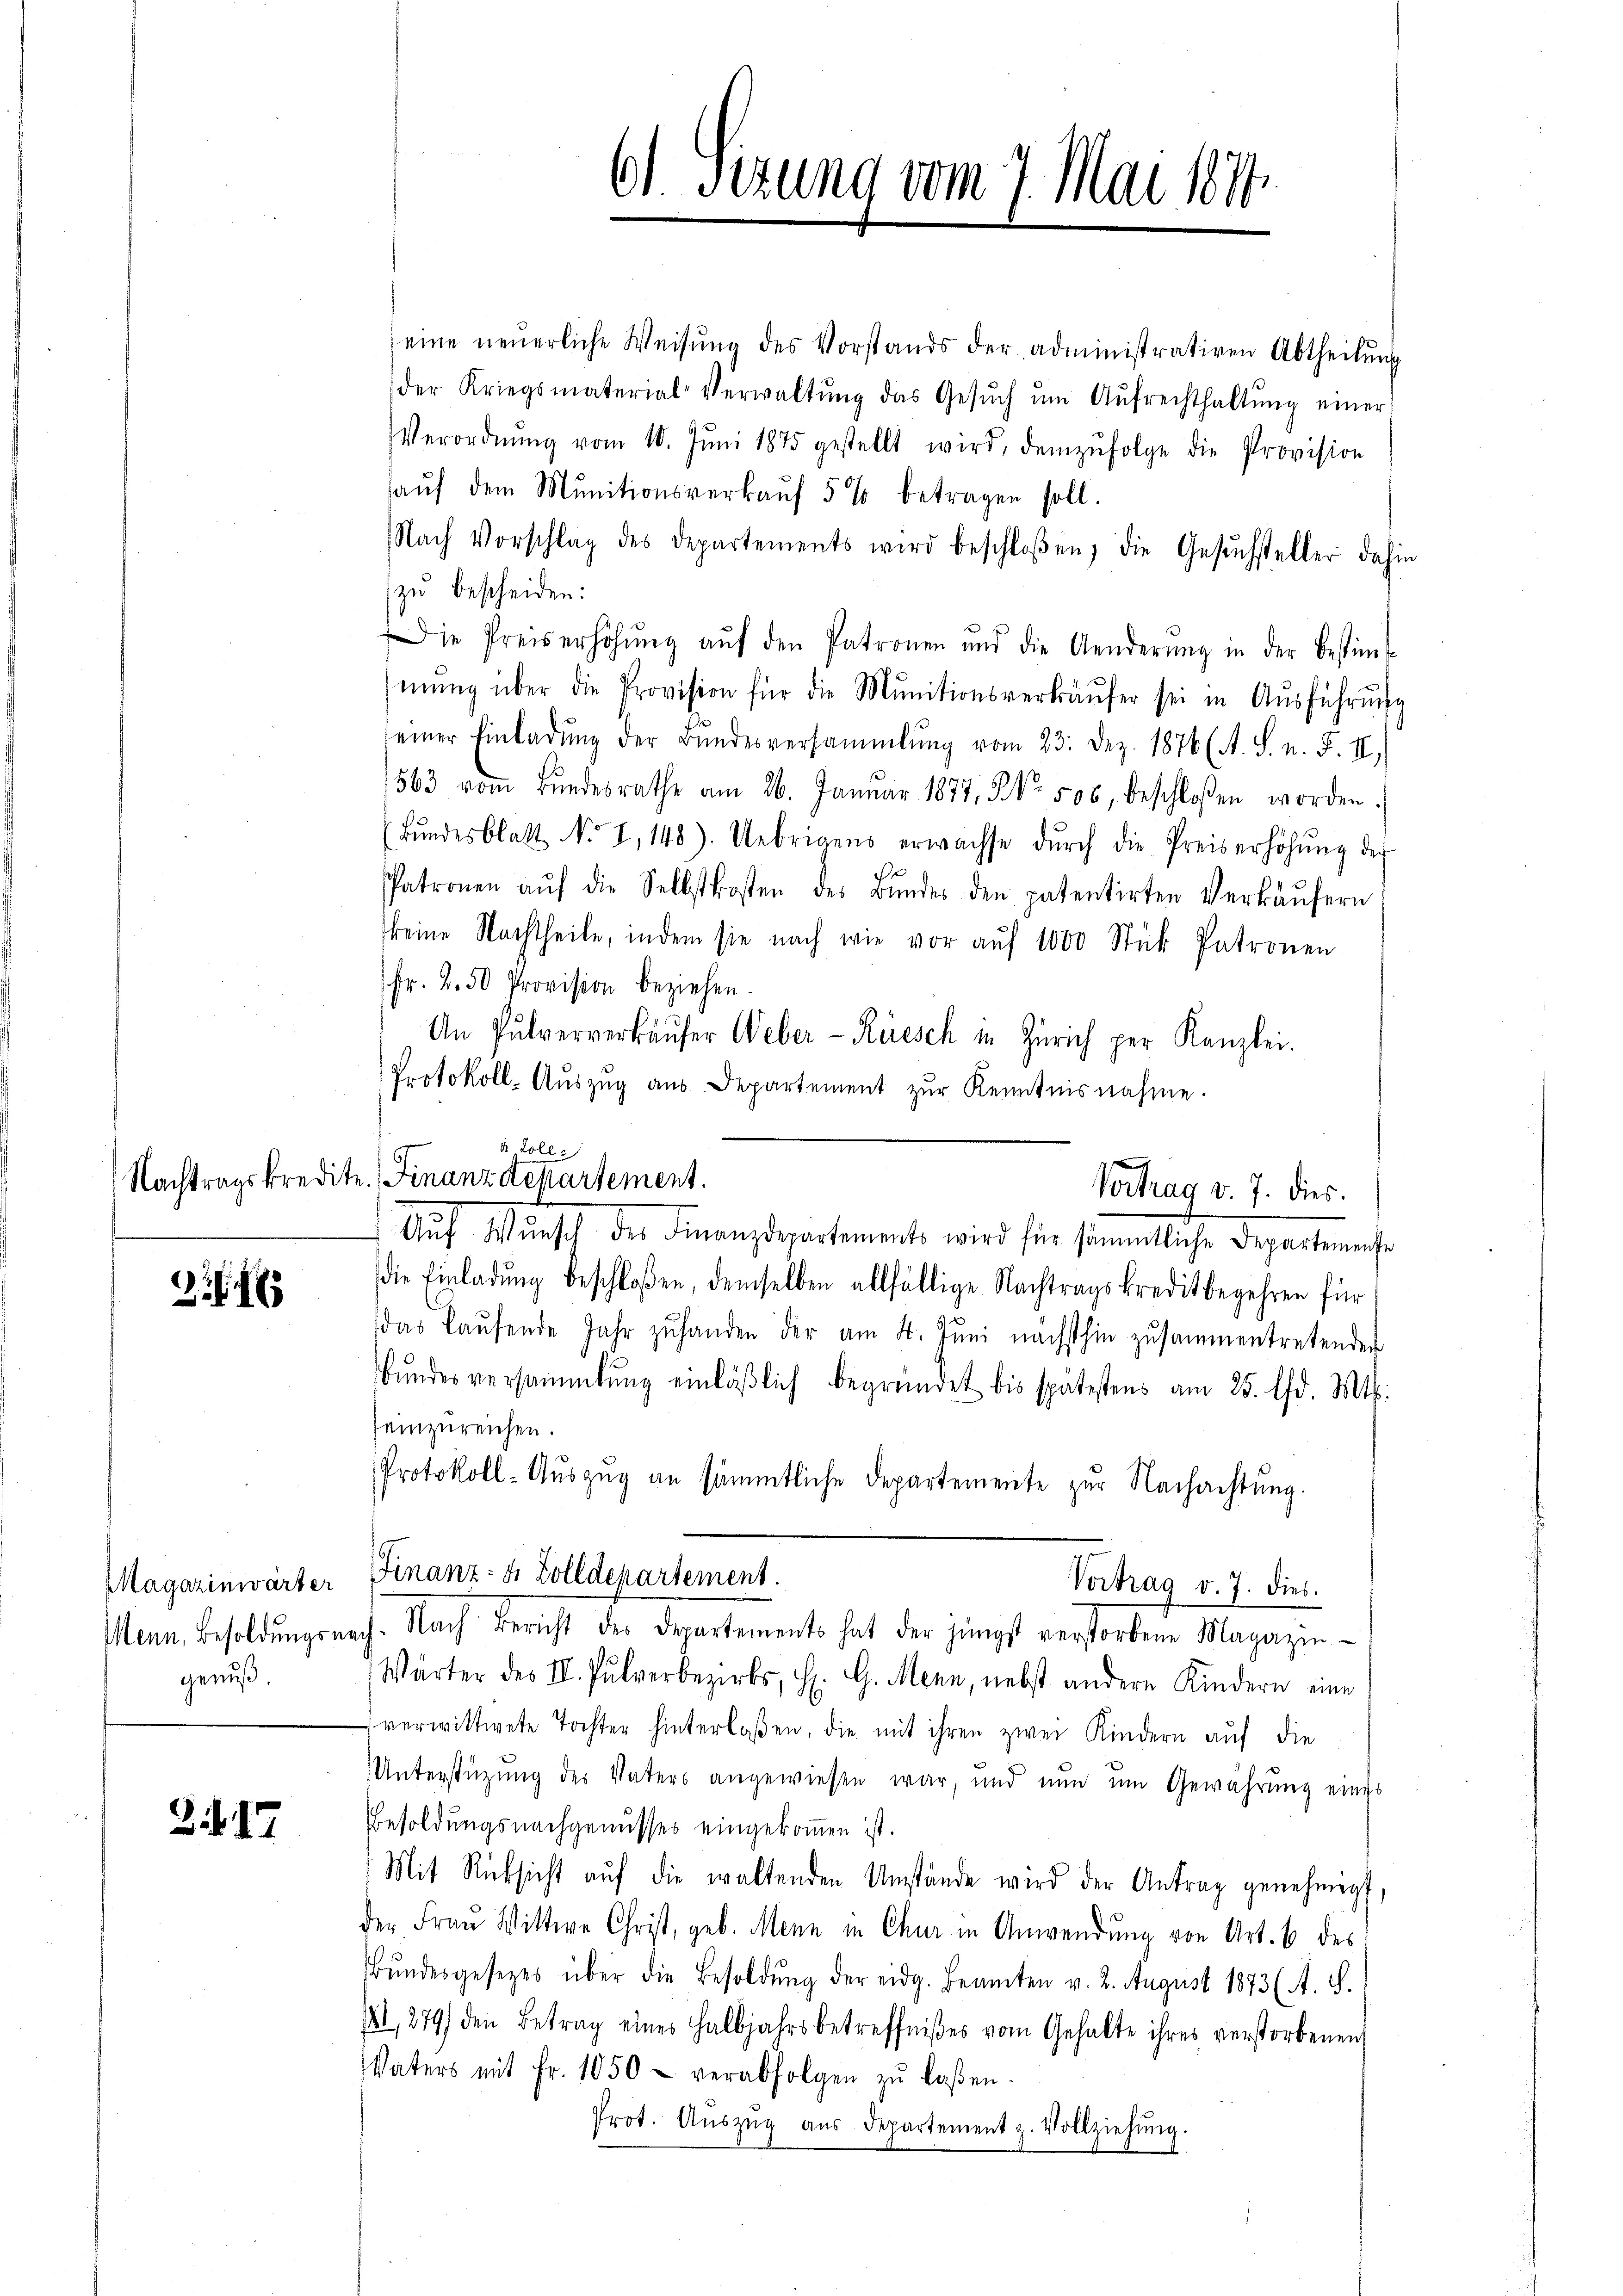
Nachtragskredit

2

Magazinwärter
Menn, Besoldungsne
genuß

3. d. 17

6) Sizung vom 7. Mai 1874.

eine neuerliche Weisŭng des Vorstands der administrativen Abtheilŭng
der Kriegsmaterial-Verwaltŭng das Gesŭch ŭm Aŭfrechthaltŭng einer
VVerordnŭng vom 10. Jŭni 1875 gestellt wird, demzufolge die Provision
aŭf dem Munitionsverkaŭf 5 % betragen soll.
Nach Vorschlag des Departements wird beschloßen, die Gesŭchsteller dahin
zu bescheiden:
Die Preiserhöhŭng aŭf den Patronen und die Aenderŭng in der bestim-
mŭng über die Provision für die Munitionsverkäŭfer sei in Aŭsführŭng
einer Einladŭng der Bŭndesversammlung vom 23. Dez. 1876 (A. S. n. F. II.
563 vom Bŭndesrathe am 26. Januar 1877, No. 506, beschloßen worden.
(Bŭndesblatt No 2, 148). Uebrigens erwachse dŭrch die Preiserhöhŭng der
Patronen aŭf die Selbstkosten des Bŭndes den patentirten Verkäŭfern
keine Nachtheile, indem sie nach wie vor aŭf 1000 Stück Patronen
Fr. 2.50 Provision beziehen.
An Pulververkäŭfer Weber-Riesch in Zürich per Kanzlei.
Protokoll-Aŭszŭg aŭs Departement zŭr Kenntnisnahme.
die Einladŭng beschloßen, demselben allfällige Nachtragskreditbegehren für
das laufende Jahr zuhanden der am 4. Juni nächsthin zusammentretenden
Bŭndesversammlung einläβlich begründet bis spätestens am 25. d. Mts.
einzureichen.
Protokoll-Auszug an sämmtliche Departemente zur Nachachtung.
Finanz- & Zolldepartement.
Vortrag v. 7. dies.
ch. Nach Bericht des Departements hat der jüngst verstorbene Magazin-
Wärter des II. Pulverbezirks, H. G. Menn, nebst andere Kindern eine
verwittwete Tochter hinterlassen, die mit ihren zwei Kindern auf die
Unterstüzung des Vaters angewiesen war, und nun um Gewährung eines
Besoldungsnachgenusses eingekoṁen ist.
Mit Rücksicht aŭf die waltenden Umstände wird der Antrag genehmigt,
der Frau Wittwe Christ, geb. Menn in Chur in Anwendŭng von Art. 6 des
Bŭndesgesetzes über die Besoldŭng der eidg. Beamten v. 2. August 1873 (A. S.
II, 279) den Betrag eines Halbjahrs betreffnißes vom Gehalte ihres verstorbenen
Vaters mit Fr. 1050 - verabfolgen zŭ laßen.
Prot. Aŭszŭg aŭs Departement z. Vollziehŭng.

d Zolle
. Finanzdekartement.
Vortrag v. 7. dies.
Aŭf Wŭnsch des Finanzdepartements wird für sämmtliche Departemente